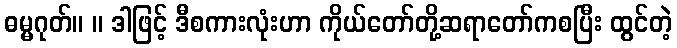
ဓမ္မဂုတ်။ ။ ဒါဖြင့် ဒီစကားလုံးဟာ ကိုယ်တော်တို့ဆရာတော်ကစပြီး ထွင်တဲ့